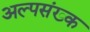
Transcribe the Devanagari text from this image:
अल्पसंख्क